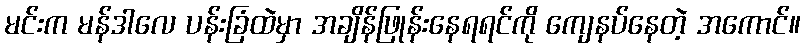
မင်းက မန်ဒါလေ ပန်းခြံထဲမှာ အချိန်ဖြုန်းနေရရင်ကို ကျေနပ်နေတဲ့ အကောင်။